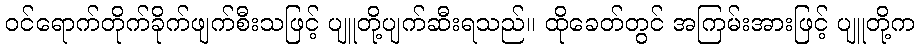
ဝင်ရောက်တိုက်ခိုက်ဖျက်စီးသဖြင့် ပျူတို့ပျက်ဆီးရသည်။ ထိုခေတ်တွင် အကြမ်းအားဖြင့် ပျူတို့က